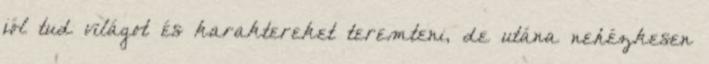
jól tud világot és karaktereket teremteni, de utána nehézkesen